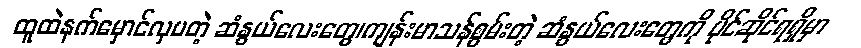
ထူထဲနက်မှောင်လှပတဲ့ ဆံနွယ်လေးတွေ၊ကျန်းမာသန်စွမ်းတဲ့ ဆံနွယ်လေးတွေကို ပိုင်ဆိုင်ရရှိမှာ